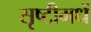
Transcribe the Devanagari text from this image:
सृष्टीमधें